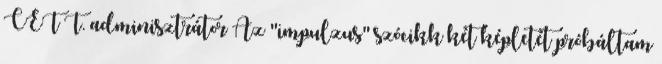
CET T. adminisztrátor Az "impulzus" szócikk két képletét próbáltam